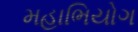
મહાભિયોગ